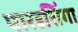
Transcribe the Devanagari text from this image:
पारडसिंगा